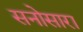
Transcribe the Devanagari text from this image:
सनोसारा